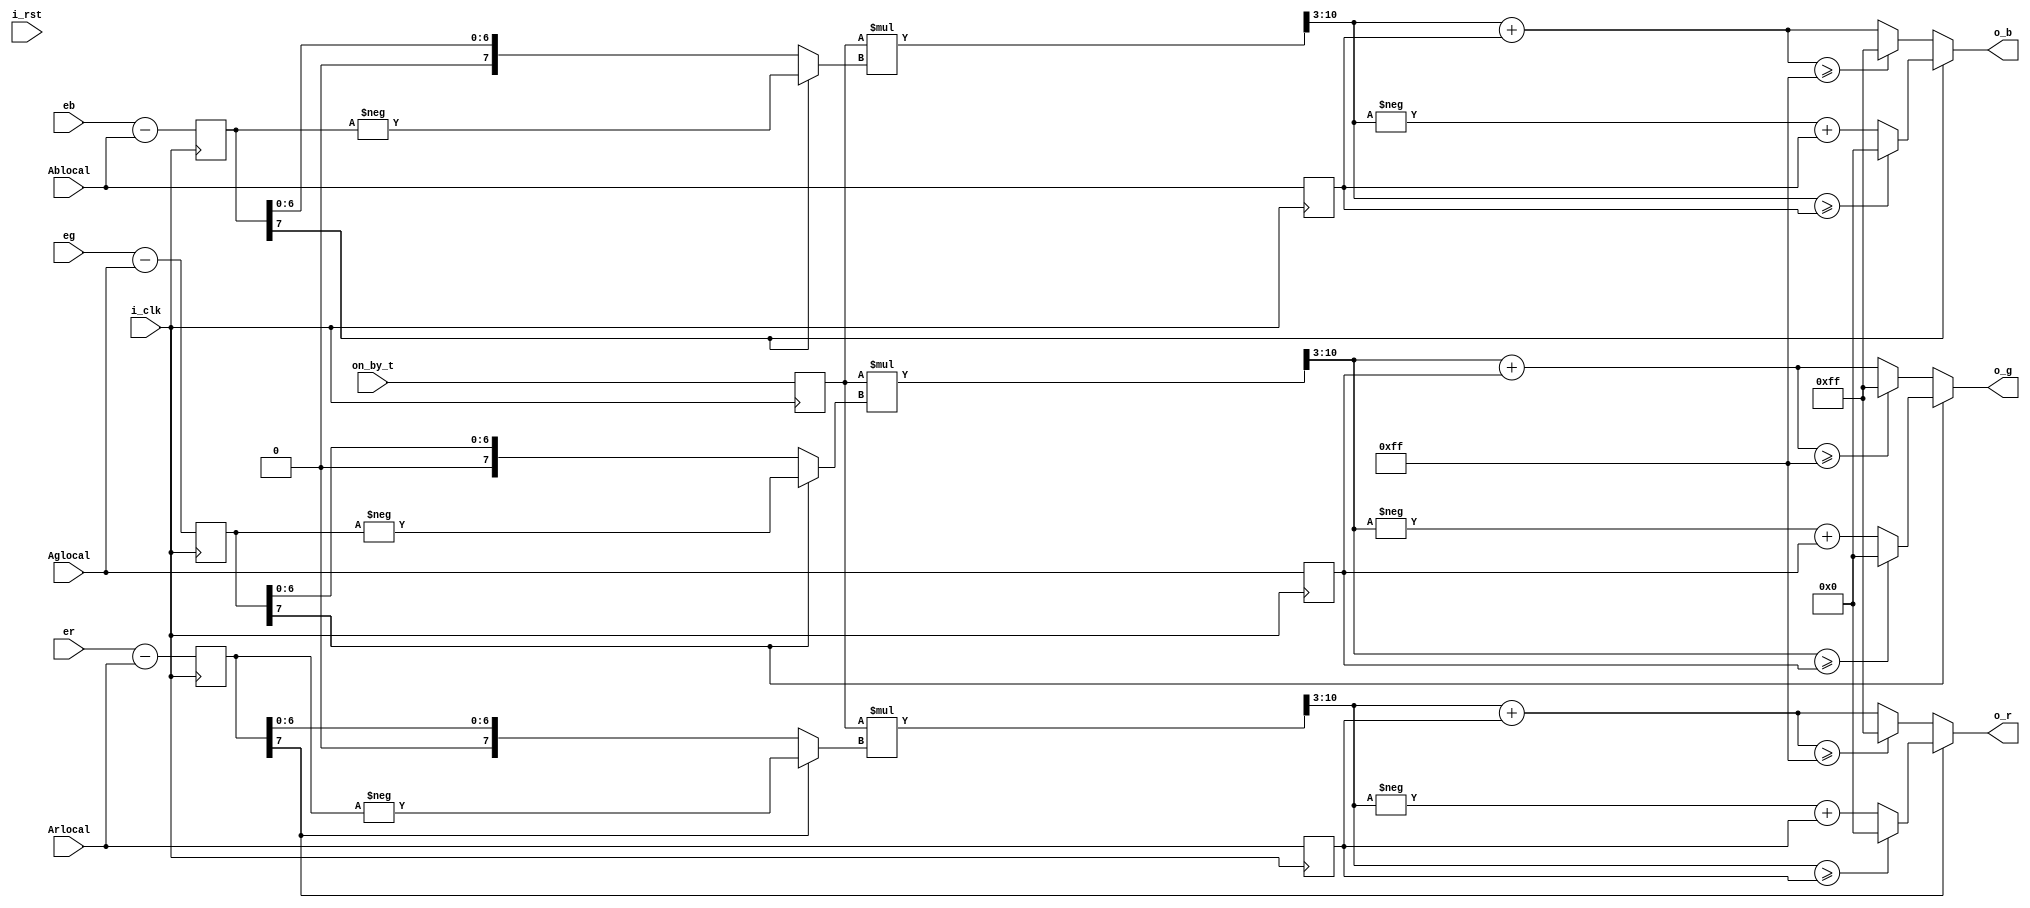
`timescale 1ns / 1ps
//////////////////////////////////////////////////////////////////////////////////
// Company: 
// Engineer: 
// 
// Design Name: 
// Module Name: scene_restoration
// Project Name: 
// Target Devices: 
// Tool Versions: 
// Description: 
// 
// Dependencies: 
// 
// Revision:
// Revision 0.01 - File Created
// Additional Comments:
// 
//////////////////////////////////////////////////////////////////////////////////


module scene_restoration(
    input i_clk,
    input i_rst,
    input [10:0]on_by_t,
    input [7:0]er,
    input [7:0]eg,
    input [7:0]eb,
    input [7:0]Arlocal,
    input [7:0]Aglocal,
    input [7:0]Ablocal,
    output  [8:0]o_r,
    output  [8:0]o_b,
    output  [8:0]o_g
    );
    
    reg [7:0]sub_r;
    reg [7:0]sub_b;
    reg [7:0]sub_g;
    reg [10:0]t1;
    
    wire [15:0]mul_r;
    wire [15:0]mul_b;
    wire [15:0]mul_g;
    
    wire [7:0]s_r;
    wire [7:0]s_b;
    wire [7:0]s_g;
   
    reg [7:0]temp_r;
    reg [7:0]temp_b;
    reg [7:0]temp_g;
   wire[7:0]check_r,check_g,check_b;
    wire[8:0]i_r,i_r1,i_g,i_g1,i_b,i_b1;
    
    
    always@(posedge i_clk)
    begin
        t1<=on_by_t;
        temp_r<=Arlocal;
        temp_b<=Ablocal;
        temp_g<=Aglocal;
        
        sub_r=er-Arlocal;
        sub_g=eg-Aglocal;
        sub_b=eb-Ablocal;
    end
    
      assign check_r = (sub_r[7]==0)?(sub_r):(-sub_r);
       assign check_g = (sub_g[7]==0)?(sub_g):(-sub_g);
        assign check_b = (sub_b[7]==0)?(sub_b):(-sub_b);
    
        
        assign mul_r = t1*check_r;
        assign mul_b = t1*check_b;
        assign mul_g = t1*check_g;
        
        
        
       assign s_r =mul_r>>3;
       assign s_b =mul_b>>3;
       assign s_g =mul_g>>3;
       
       assign i_r = s_r+temp_r;
        assign i_g = s_g+temp_g;
         assign i_b = s_b+temp_b;
       
       
       assign  o_r=(sub_r[7]==0)?((i_r>=255)?255:(s_r+temp_r)):((s_r>=temp_r)?0:(-s_r+temp_r));
       assign  o_g= (sub_g[7]==0)?((i_g>=255)?255:(s_g+temp_g)):((s_g>=temp_g)?0:(-s_g+temp_g));
       assign  o_b= (sub_b[7]==0)?((i_b>=255)?255:(s_b+temp_b)):((s_b>=temp_b)?0:(-s_b+temp_b));
       

    
    
endmodule